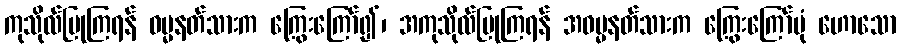
ကုသိုလ်ပြုကြရန် ဓမ္မနတ်သားက ကြွေးကြော်၍၊ အကုသိုလ်ပြုကြရန် အဓမ္မနတ်သားက ကြွေးကြော်ပုံ ဟောသော